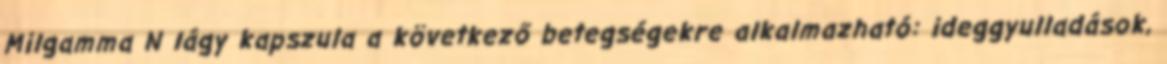
Milgamma N lágy kapszula a következő betegségekre alkalmazható: ideggyulladások,